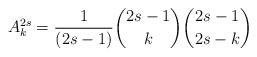
LaTeX: \begin{align*}A_k^{2s} ={1\over(2s-1)}{2s-1\choose k}{2s-1\choose 2s-k}\end{align*}